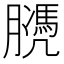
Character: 𦡻